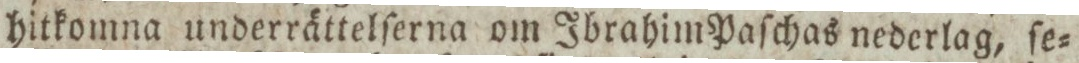
hitkomna underrättelſerna om Ibrahim Paſchas nederlag, ſe=